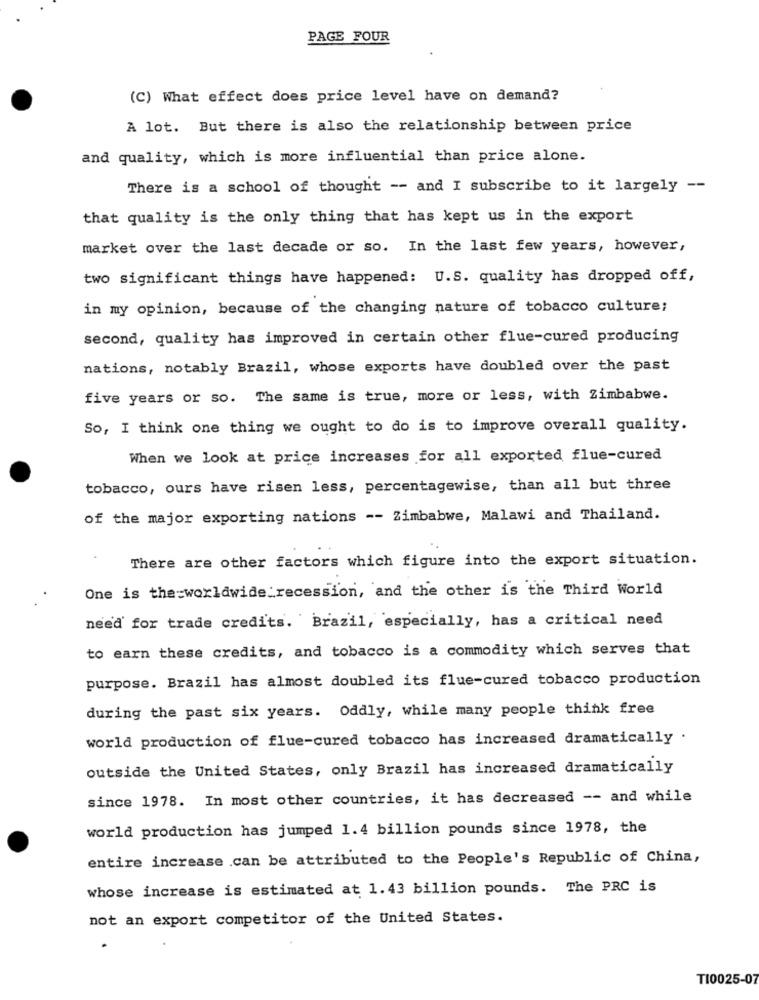
PAGE FOUR
(C) What effect does price level have on demand?
A lot. But there is also the relationship between price
and quality, which is more influential than price alone.
There is a school of thought -- and I subscribe to it largely --
that quality is the only thing that has kept us in the export
market over the last decade or so. In the last few years, however,
two significant things have happened: U.S. quality has dropped off,
in my opinion, because of the changing nature of tobacco culture;
second, quality has improved in certain other flue-cured producing
nations, notably Brazil, whose exports have doubled over the past
five years or so. The same is true, more or less, with Zimbabwe.
So, I think one thing we ought to do is to improve overall quality.
When we look at price increases for all exported flue-cured
tobacco, ours have risen less, percentagewise, than all but three
of the major exporting nations -- Zimbabwe, Malawi and Thailand.
There are other factors which figure into the export situation.
One is the worldwide:recession, and the other is the Third World
need for trade credits. Brazil, especially, has a critical need
to earn these credits, and tobacco is a commodity which serves that
purpose. Brazil has almost doubled its flue-cured tobacco production
during the past six years. Oddly, while many people think free
world production of flue-cured tobacco has increased dramatically .
outside the United States, only Brazil has increased dramatically
since 1978. In most other countries, it has decreased -- and while
world production has jumped 1.4 billion pounds since 1978, the
entire increase .can be attributed to the People's Republic of China,
whose increase is estimated at 1.43 billion pounds. The PRC is
not an export competitor of the United States.
TI0025-07